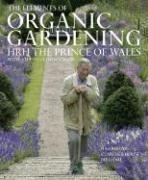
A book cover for The Elements of Organic Gardening; HRH The Prince of Wales; Crafts, Hobbies & Home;